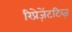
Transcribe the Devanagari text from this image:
रिप्रेज़ेंटटिव्ज़